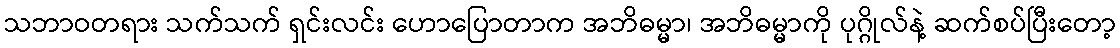
သဘာဝတရား သက်သက် ရှင်းလင်း ဟောပြောတာက အဘိဓမ္မာ၊ အဘိဓမ္မာကို ပုဂ္ဂိုလ်နဲ့ ဆက်စပ်ပြီးတော့